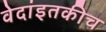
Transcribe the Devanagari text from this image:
वेदांइतकीच